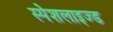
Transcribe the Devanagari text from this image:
स्पेशलाइज्ड